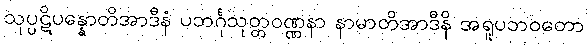
သုပ္ပဋိပန္နောတိအာဒီနံ ပဘင်္ဂုသုတ္တဝဏ္ဏနာ နာမာတိအာဒီနိ အရူပဘဝတော